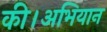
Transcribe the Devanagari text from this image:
की।अभियान